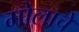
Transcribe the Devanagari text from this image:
मोलाचेे